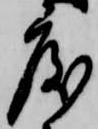
度